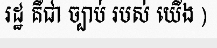
រដ្ឋ គឺជា ច្បាប់ របស់ យើង )